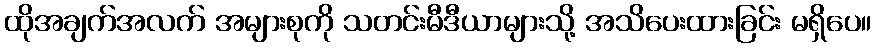
ထိုအချက်အလက် အများစုကို သတင်းမီဒီယာများသို့ အသိပေးထားခြင်း မရှိပေ။